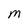
Character: M